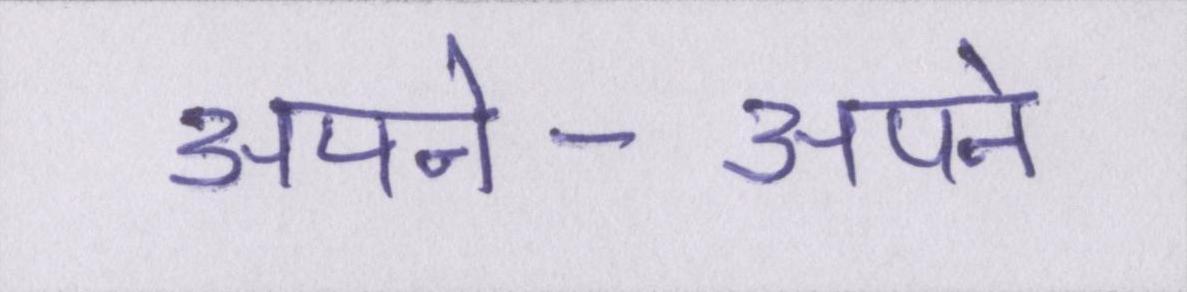
अपने-अपने